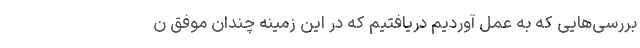
بررسی‌هایی که به عمل آوردیم دریافتیم که در این زمینه چندان موفق ن